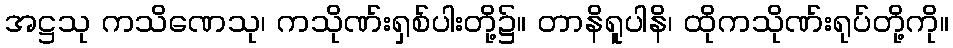
အဋ္ဌသု ကသိဏေသု၊ ကသိုဏ်းရှစ်ပါးတို့၌။ တာနိရူပါနိ၊ ထိုကသိုဏ်းရုပ်တို့ကို။